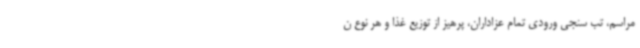
مراسم، تب سنجی ورودی تمام عزاداران، پرهیز از توزیع غذا و هر نوع ن